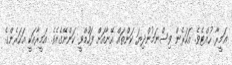
އަމީރާ ހުއްޓެެވެ. އަހަރެން ވިސްނަމުންދިޔަ ކަންތައް އޭނާއަށް ފަހުމްވީ ކަންނޭގެއެވެ. އަމީރާއަކީ އަހަރެންގެ